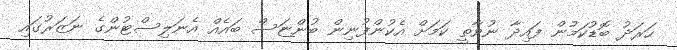
ހަރަދު ބޮޑުކަމުން ފައިދާ ނުވާތީ ކަމަށް އެކުންފުނިން ބުންޏަސް ބައެއް އެނަލިސްޓުންގެ ނަޒަރުގައި